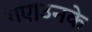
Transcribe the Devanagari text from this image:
गए।उनके